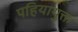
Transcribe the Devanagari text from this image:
पहियायुक्त